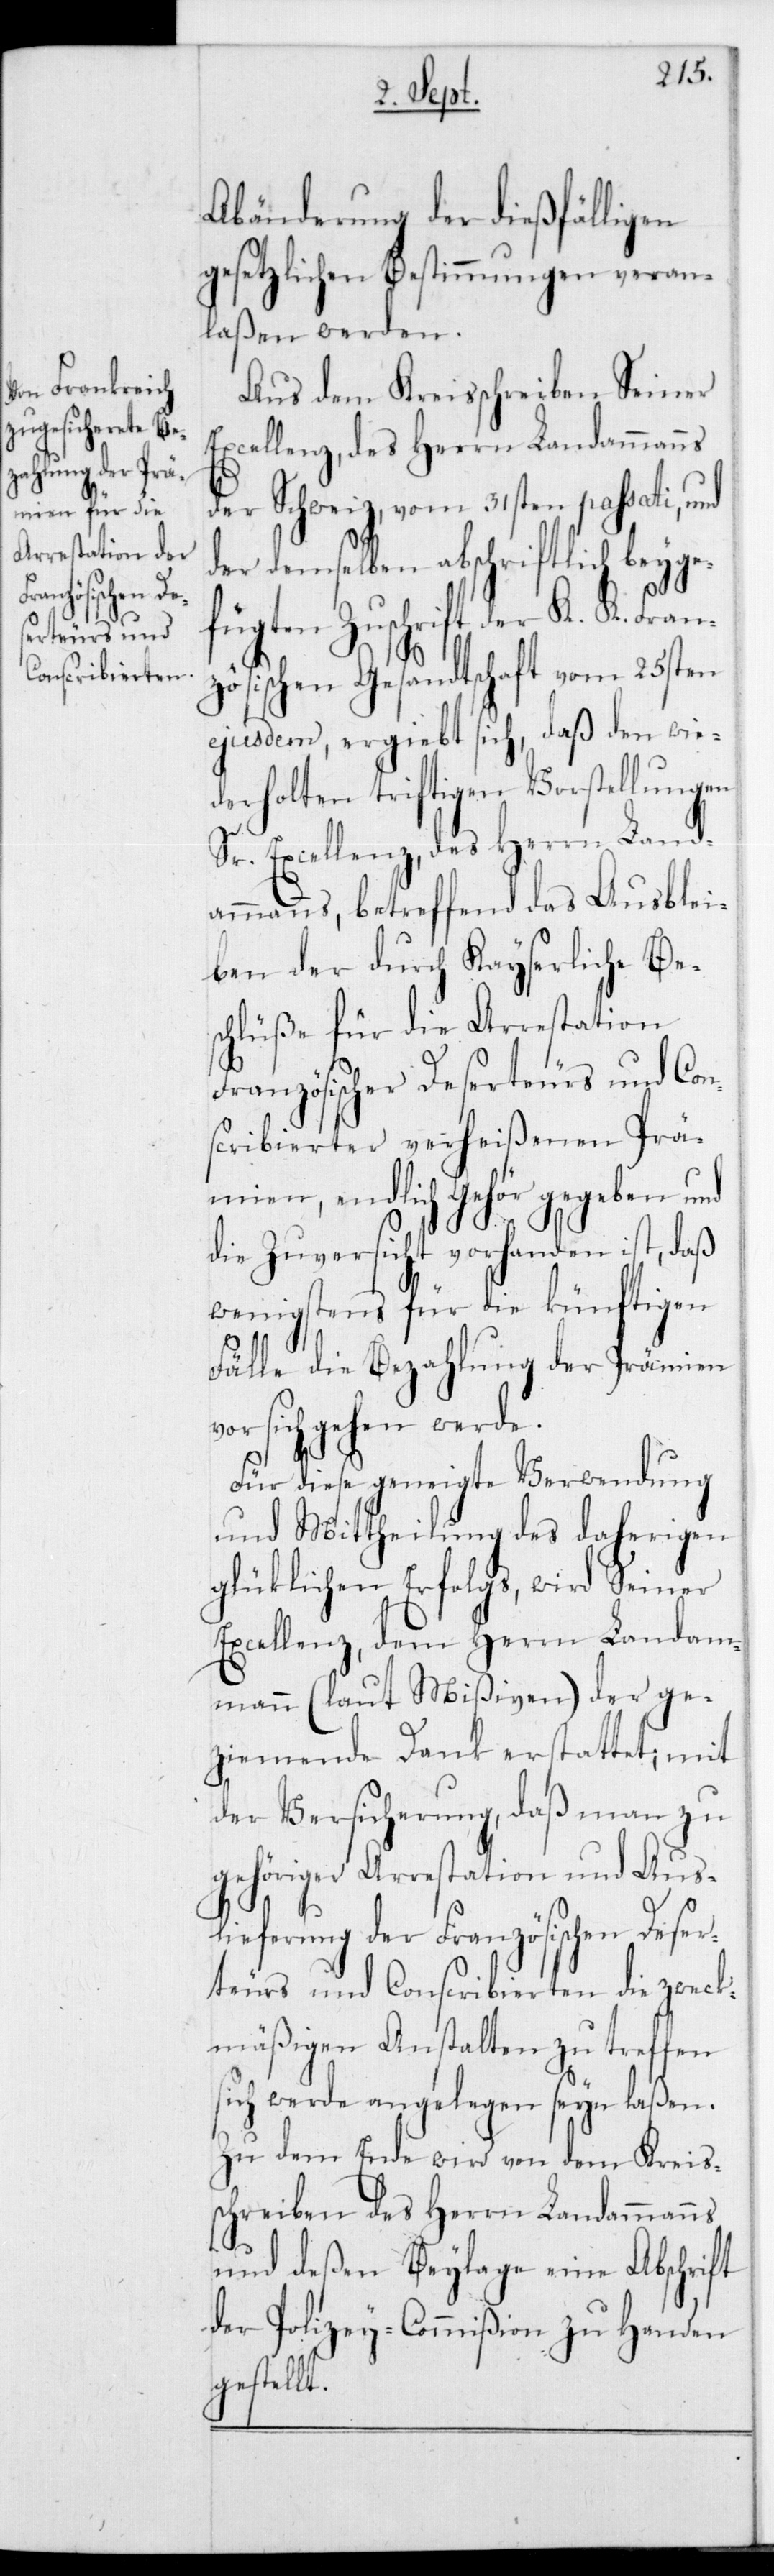
v¬
Abänderung der dießfälligen
gesetzlichen Bestimmungen veran¬
laßen werden.
Aus dem Kreisschreiben Seiner
Excellenz,des Herrn Landammann¬
der Schweiz, vom 31sten passati, und
der demselben abschriftlich beyge¬
fügten Zuschrift der K. K. Fr¬
zösischen Gesandtschaft vom 25sten
ejusdem, ergiebt sich, daß den wie¬
derholten triftigen Vorstellungen
s, betreffend das Ausblei¬
ben der durch Kayserliche Be¬
schlüße für die Arrestation
Französischer Deserteurs und Con¬
scribierter verheißenen Prä¬
mien, endlich Gehör gegeben und
die Zuversicht vorhanden ist, daß
wenigstens für die künftigen
Fälle die Bezahlung der Prämien
or sich gehen werde.
Für diese geneigte Verwendung
und Mittheilung des daherigen
glücklichen Erfolgs, wird
Seiner
Excellenz,dem Herrn Landam¬
mann (laut Mißiven) der ge¬
ziemende Dank erstattet; mit
der Versicherung, daß man zu
gehöriger Arrestation und Aus¬
lieferung der Französischen Deser¬
teurs und Conscribierten die zweck¬
mäßigen Anstalten zu treffen
sich werde angelegen seyn laßen.
Zu dem Ende wird von dem Kreis¬
schreiben des Herrn Landammanns
und deßen Beylage eine Abschrift
der Polizey-Commißion zu Handen
gestellt.